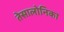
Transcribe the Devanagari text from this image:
तेसालोनिका